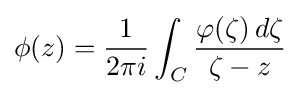
\phi (z)={\frac {1}{2\pi i}}\int _{C}{\frac {\varphi (\zeta )\,d\zeta }{\zeta -z}}